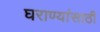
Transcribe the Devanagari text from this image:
घराण्यांसाठी